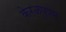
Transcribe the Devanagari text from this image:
केरळपुत्रम